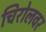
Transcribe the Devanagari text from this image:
चिरोलवर